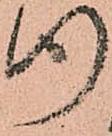
行